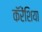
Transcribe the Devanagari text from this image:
कॅरेंशिया